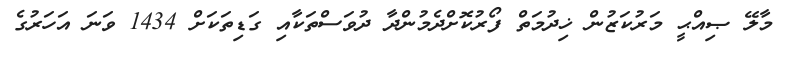
މާލޭ ޞިއްޙީ މަރުކަޒުން ޚިދުމަތް ފޯރުކޮށްދެމުންދާ ދުވަސްތަކާއި ގަޑިތަކަށް 1434 ވަނަ އަހަރުގެ